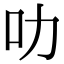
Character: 叻